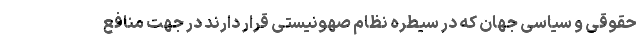
حقوقی و سیاسی جهان که در سیطره نظام صهونیستی قرار دارند در جهت منافع